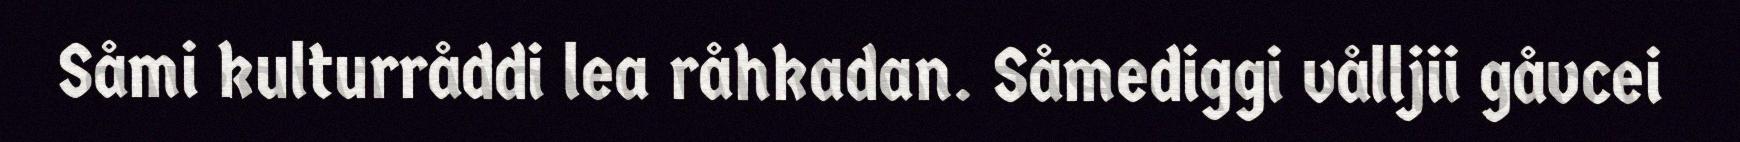
Såmi kulturråddi lea råhkadan. Såmediggi vålljii gåvcei